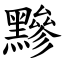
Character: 黲